38_143685_box7_Incident_Summaries_1-100
Agency: Department of War
Page 41
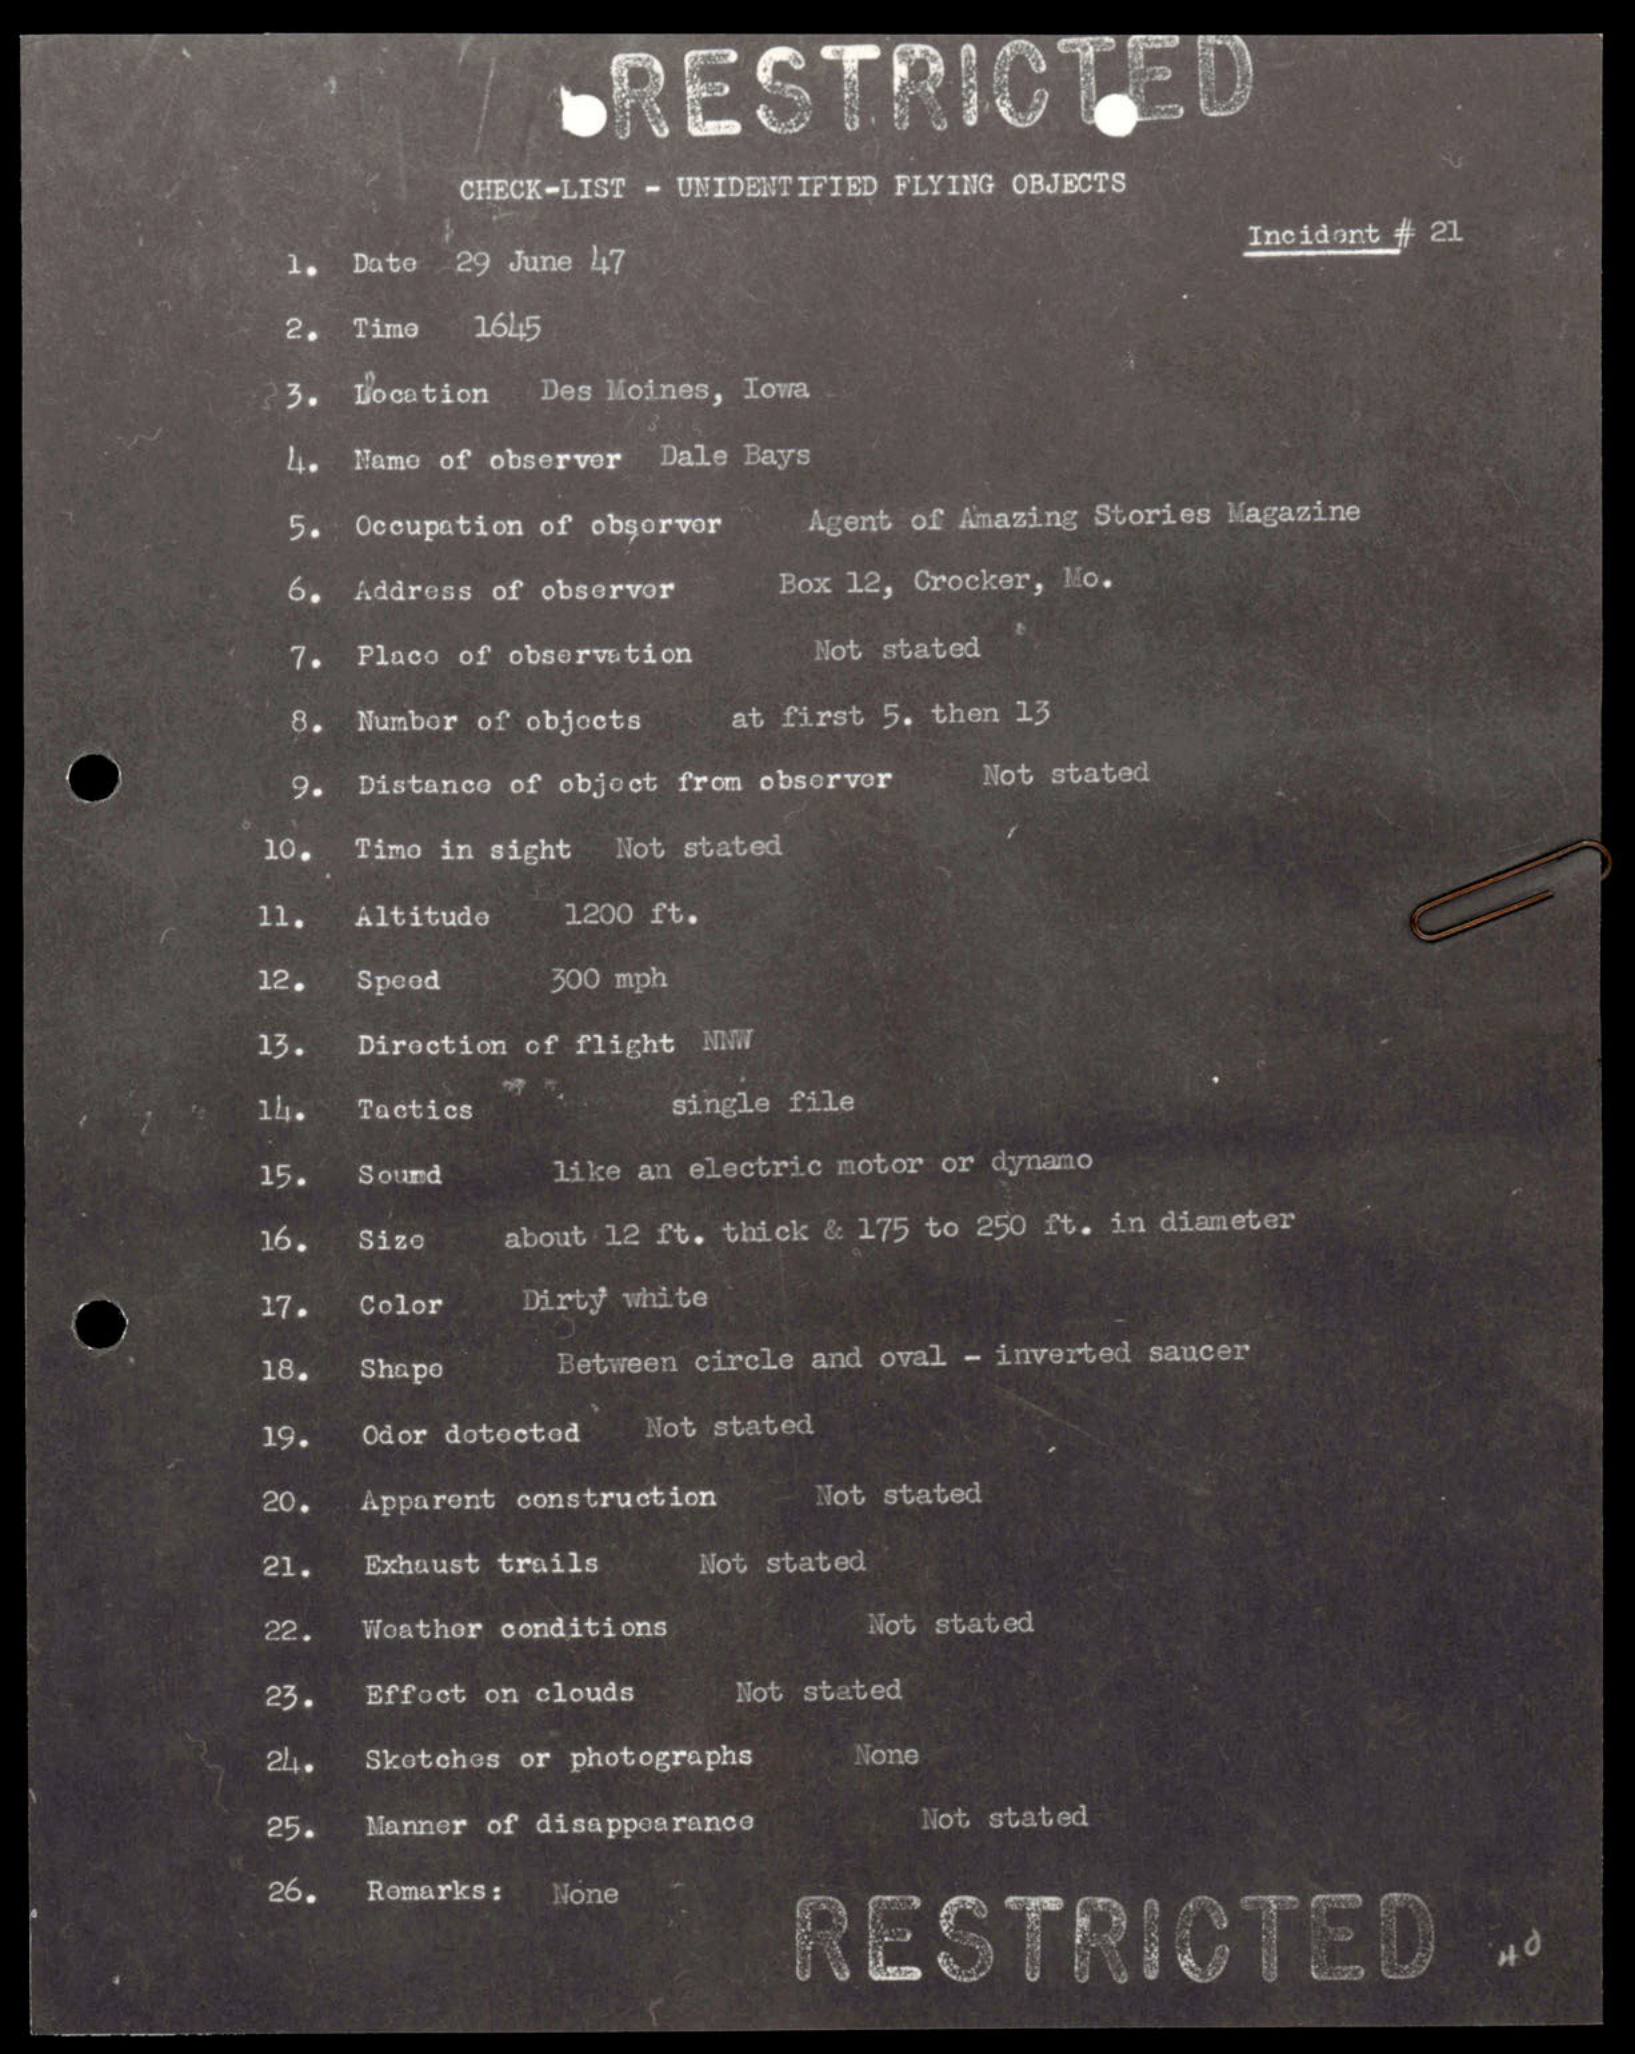